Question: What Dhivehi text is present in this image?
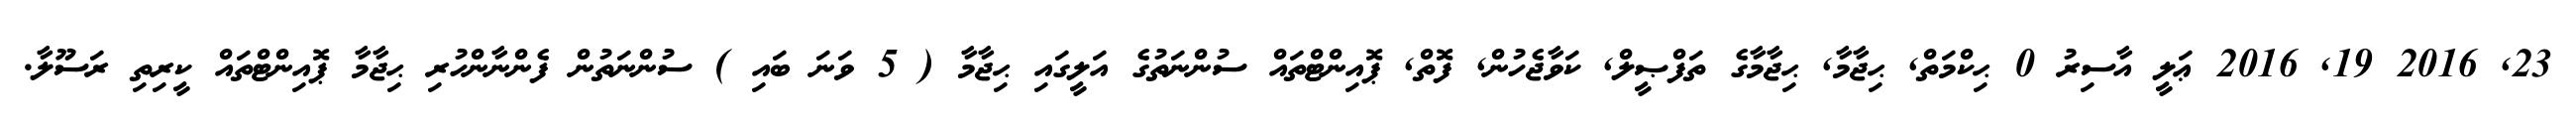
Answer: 23, 2016 19, 2016 ޢަލީ އާސިރު 0 ޙިކްމަތް, ޙިޖާމާ, ޙިޖާމާގެ ތަފްޞީލް, ކަވާޖެހުން, ފޮތް, ޕޮއިންޓްތައް ސުންނަތުގެ އަލީގައި ޙިޖާމާ ( 5 ވަނަ ބައި ) ސުންނަތުން ފެންނާންހުރި ޙިޖާމާ ޕޮއިންޓްތައް ކީރިތި ރަސޫލާ.